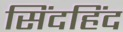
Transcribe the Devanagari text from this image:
सिंदहिंद